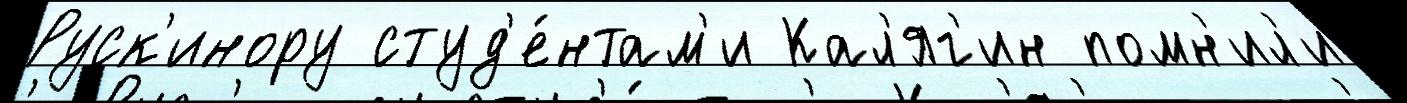
Руск'инору студ'е́нтам'и Кал'яг'ин помн'ил'и